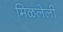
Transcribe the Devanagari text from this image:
मिळलेली